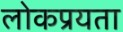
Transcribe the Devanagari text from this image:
लोकप्रयता